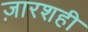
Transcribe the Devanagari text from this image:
ज़ारशही